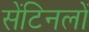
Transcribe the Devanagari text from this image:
सेंटिनलों